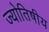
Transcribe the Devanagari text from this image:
ज्‍योतिषीय